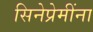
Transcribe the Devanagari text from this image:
सिनेप्रेमींना